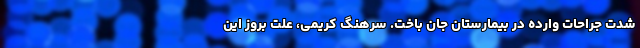
شدت جراحات وارده در بیمارستان جان باخت. سرهنگ کریمی، علت بروز این